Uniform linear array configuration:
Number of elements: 16
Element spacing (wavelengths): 0.75
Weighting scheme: kaiser
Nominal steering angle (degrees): -30
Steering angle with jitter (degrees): -31.569
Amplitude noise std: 0.05
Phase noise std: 0.05

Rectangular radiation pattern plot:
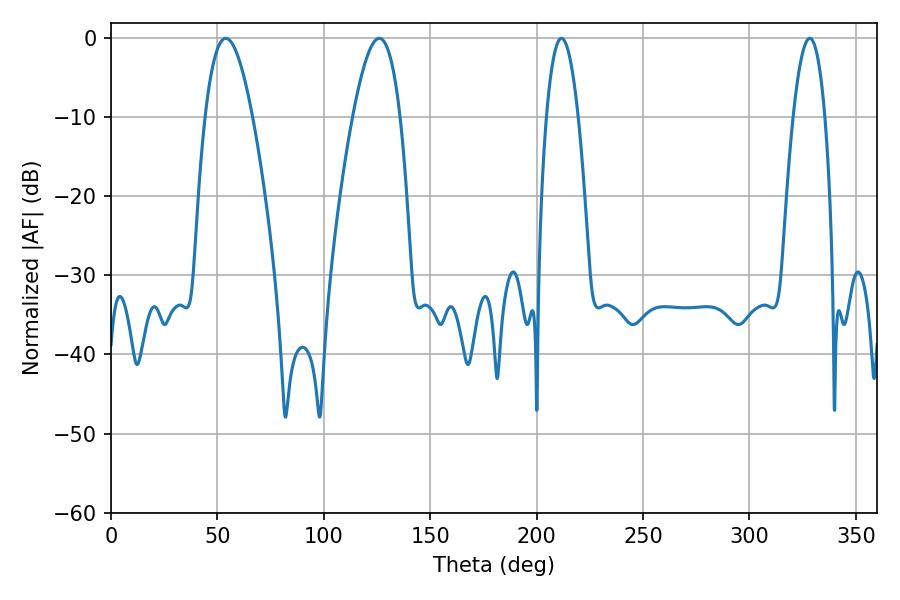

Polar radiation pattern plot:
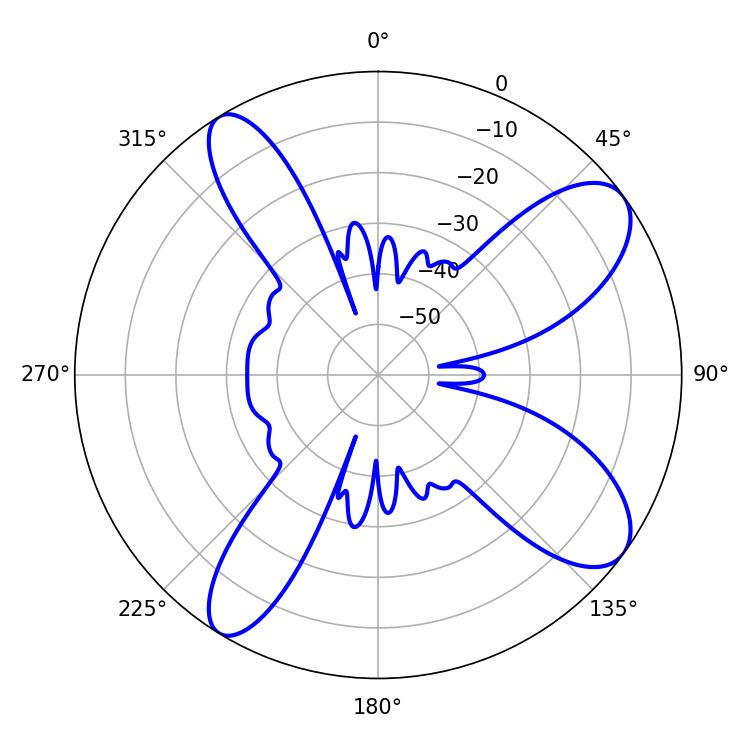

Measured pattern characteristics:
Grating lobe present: TRUE
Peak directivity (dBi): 9.82
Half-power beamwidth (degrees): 8.1
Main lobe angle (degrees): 328.32